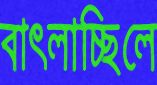
বাৎলাচ্ছিলে